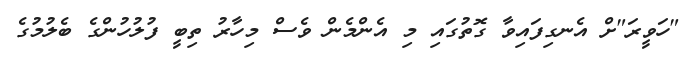
"ހަވީރަ"ށް އެނގިފައިވާ ގޮތުގައި މި އެންމެން ވެސް މިހާރު ތިބީ ފުލުހުންގެ ބެލުމުގެ